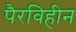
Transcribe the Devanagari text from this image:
पैरविहीन